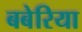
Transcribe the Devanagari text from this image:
बबेरिया